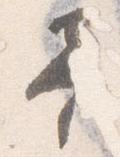
予